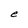
Character: e